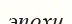
эпохи